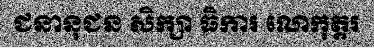
ជនានុជន សិក្សា ធិការ លោកុត្តរ